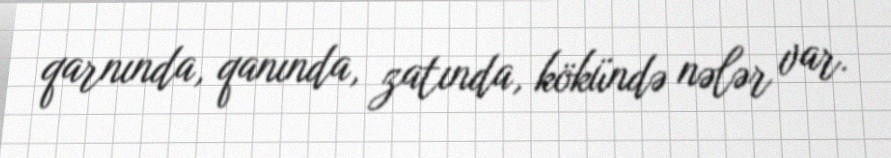
qarnında, qanında, zatında, kökündə nələr var.